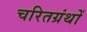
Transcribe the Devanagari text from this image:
चरितग्रंथों